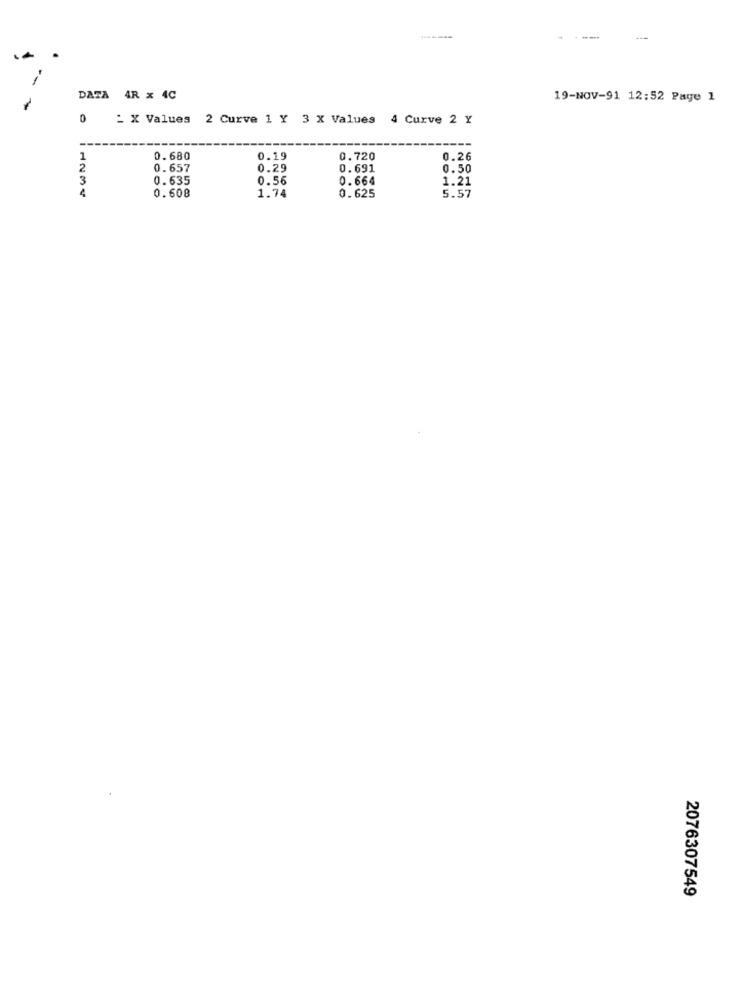
DATA 4R x 4C
19-NOV-91 12:52 Page 1
0
_ X Values 2 Curve 1 Y 3 X Values 4 Curve 2 Y
1
0.680
0.19
0.720
0.26
2
0.657
0.29
0.691
0.50
3
0.635
0.56
0.664
1.21
0.608
1.74
0.625
5.57
2076307549